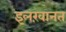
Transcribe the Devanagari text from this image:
इलख़ानत